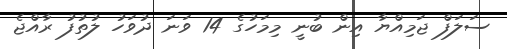
ސަލަފް ޖަމިއްޔާ އިން ބުނީ މިމަހުގެ 14 ވަނަ ދުވަހު ލުތުފު ރާއްޖެ